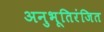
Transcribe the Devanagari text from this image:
अनुभूतिरंजित